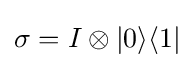
\sigma =I\otimes |0\rangle \langle 1|